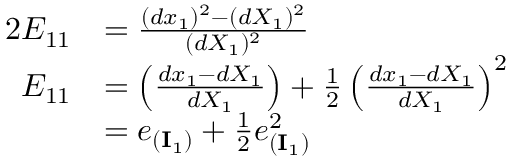
{ \begin{array} { r l } { 2 E _ { 1 1 } } & { = { \frac { ( d x _ { 1 } ) ^ { 2 } - ( d X _ { 1 } ) ^ { 2 } } { ( d X _ { 1 } ) ^ { 2 } } } } \\ { E _ { 1 1 } } & { = \left( { \frac { d x _ { 1 } - d X _ { 1 } } { d X _ { 1 } } } \right) + { \frac { 1 } { 2 } } \left( { \frac { d x _ { 1 } - d X _ { 1 } } { d X _ { 1 } } } \right) ^ { 2 } } \\ & { = e _ { ( \mathbf { I } _ { 1 } ) } + { \frac { 1 } { 2 } } e _ { ( \mathbf { I } _ { 1 } ) } ^ { 2 } } \end{array} }